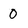
Character: O